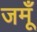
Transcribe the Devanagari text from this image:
जमूँ